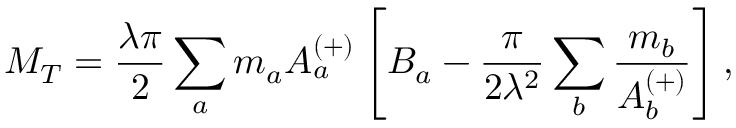
M _ { T } = \frac { \lambda \pi } { 2 } \sum _ { a } m _ { a } A _ { a } ^ { ( + ) } \left[ B _ { a } - \frac { \pi } { 2 \lambda ^ { 2 } } \sum _ { b } \frac { m _ { b } } { A _ { b } ^ { ( + ) } } \right] ,